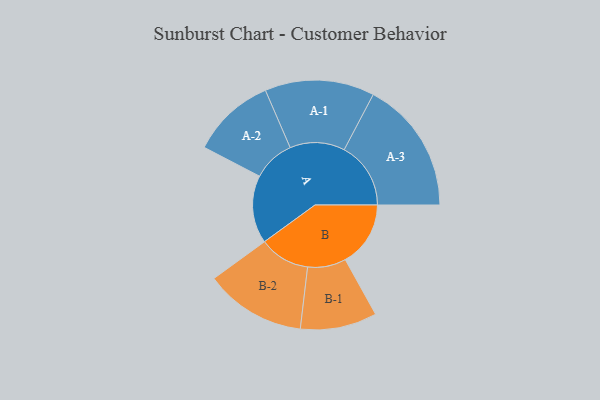
{"axis": {"x": "Segment", "y": "Value"}, "legend": ["", "A", "B"], "data": [{"x": "A", "y": 305, "type": ""}, {"x": "B", "y": 293, "type": ""}, {"x": "A-1", "y": 246, "type": "A"}, {"x": "A-2", "y": 188, "type": "A"}, {"x": "A-3", "y": 299, "type": "A"}, {"x": "B-1", "y": 172, "type": "B"}, {"x": "B-2", "y": 227, "type": "B"}]}